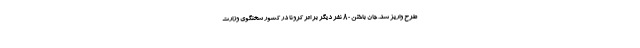
طرح واریز شد. جان باختن 80 نفر دیگر بر اثر کرونا در کشور سخنگوی وزارت